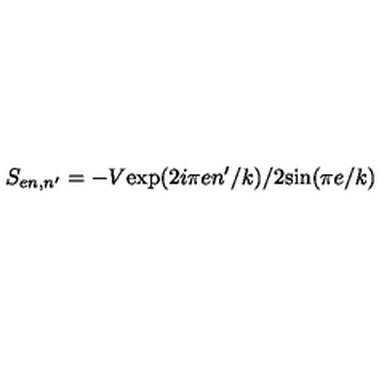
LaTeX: S _ { e n , n ^ { \prime } } = - V \mathrm { e x p } ( 2 i \pi e n ^ { \prime } / k ) / 2 \mathrm { s i n } ( \pi e / k )